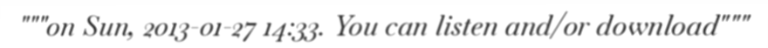
"""on Sun, 2013-01-27 14:33. You can listen and/or download"""